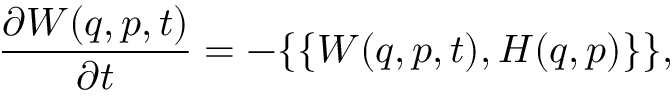
{ \frac { \partial W ( q , p , t ) } { \partial t } } = - \{ \{ W ( q , p , t ) , H ( q , p ) \} \} ,